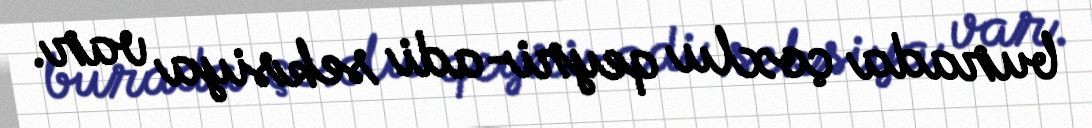
burada çoxlu qeyri-adi seksiya var.